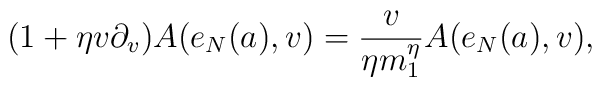
(1+\eta v\partial_v)A(e_N(a),v)= {v \over\eta m_1^\eta} A(e_N(a),v),